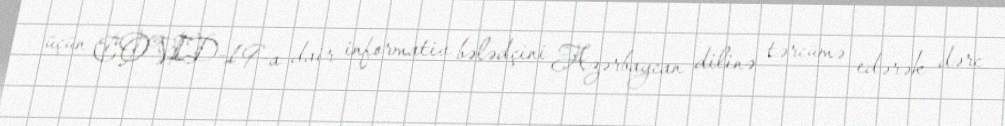
üçün COVID-19-a dair informativ bələdçini Azərbaycan dilinə tərcümə edərək dərc